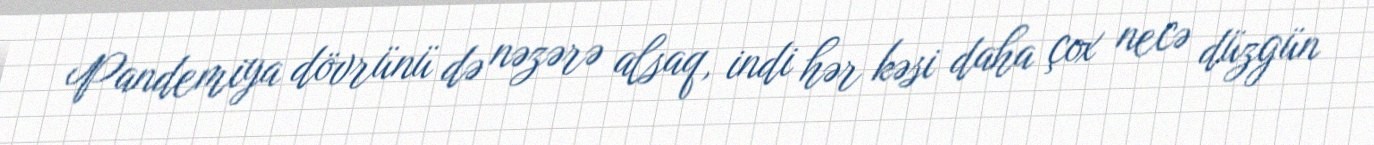
Pandemiya dövrünü də nəzərə alsaq, indi hər kəsi daha çox necə düzgün